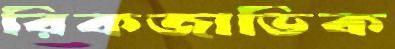
রিকজাভিক